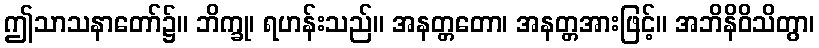
ဤသာသနာတော်၌။ ဘိက္ခု၊ ရဟန်းသည်။ အနတ္တတော၊ အနတ္တအားဖြင့်။ အဘိနိဝိသိတွာ၊